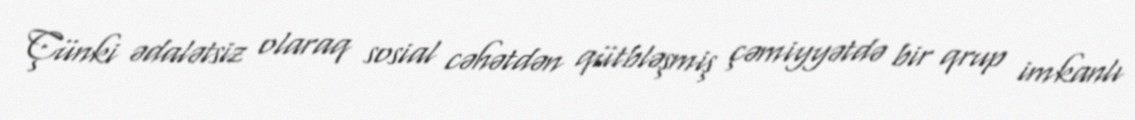
Çünki ədalətsiz olaraq sosial cəhətdən qütbləşmiş çəmiyyətdə bir qrup imkanlı